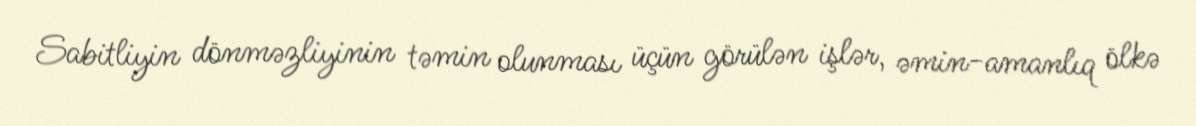
Sabitliyin dönməzliyinin təmin olunması üçün görülən işlər, əmin-amanlıq ölkə